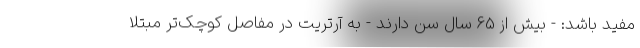
مفید باشد: - بیش از 65 سال سن دارند - به آرتریت در مفاصل کوچک‌تر مبتلا